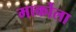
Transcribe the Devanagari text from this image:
मार्कोला